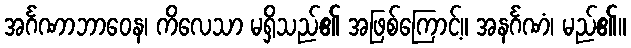
အင်္ဂဏာဘာဝေန၊ ကိလေသာ မရှိသည်၏ အဖြစ်ကြောင့်။ အနင်္ဂဏံ၊ မည်၏။